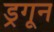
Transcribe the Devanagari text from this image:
ड्रगून